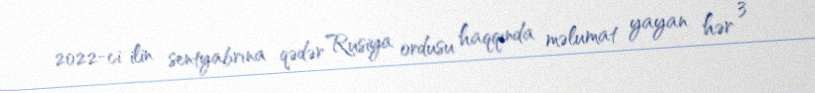
2022-ci ilin sentyabrına qədər Rusiya ordusu haqqında məlumat yayan hər 3